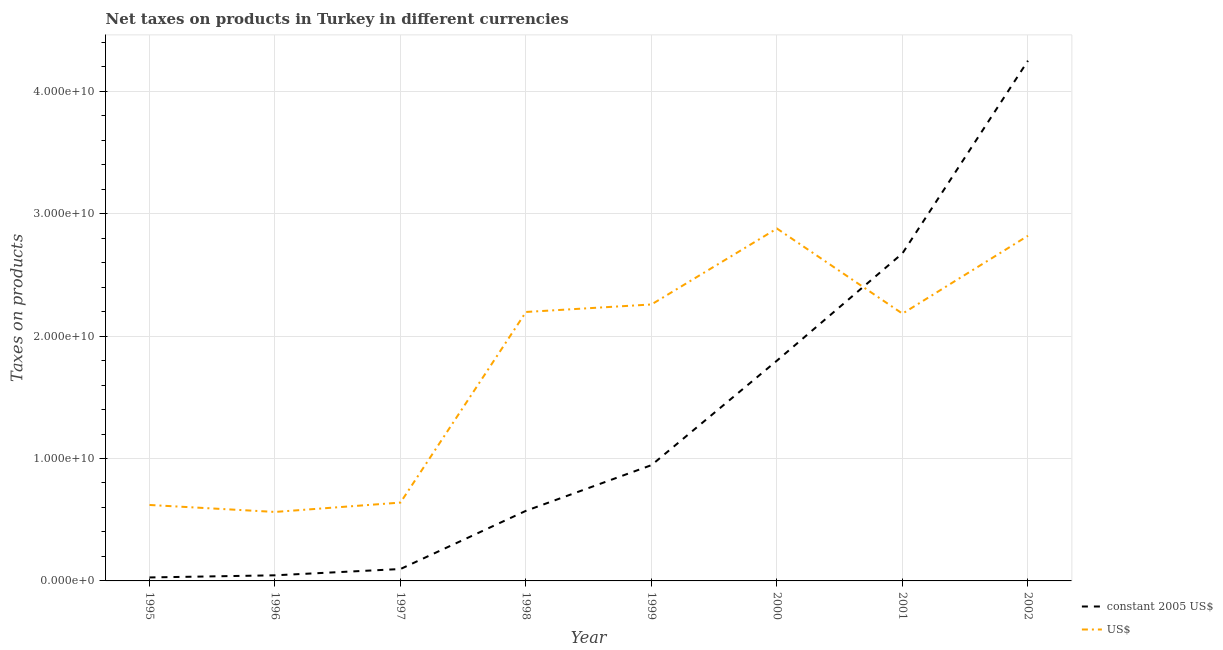
| Year | constant 2005 US$ | US$ |
 | --- | --- | --- |
 | 1995 | 2.84e+08 | 6.2e+09 |
 | 1996 | 4.59e+08 | 5.63e+09 |
 | 1997 | 9.72e+08 | 6.4e+09 |
 | 1998 | 5.73e+09 | 2.2e+10 |
 | 1999 | 9.46e+09 | 2.26e+10 |
 | 2000 | 1.8e+10 | 2.88e+10 |
 | 2001 | 2.68e+10 | 2.18e+10 |
 | 2002 | 4.25e+10 | 2.82e+10 |